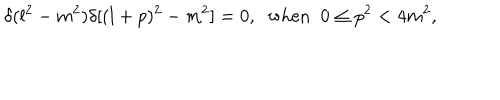
\delta ( l ^ { 2 } - m ^ { 2 } ) \delta [ ( l + p ) ^ { 2 } - m ^ { 2 } ] = 0 , \; \; \mathrm { w h e n } \; \; 0 \leq p ^ { 2 } < 4 m ^ { 2 } ,